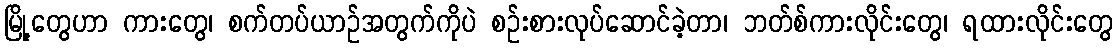
မြို့တွေဟာ ကားတွေ၊ စက်တပ်ယာဉ်အတွက်ကိုပဲ စဉ်းစားလုပ်ဆောင်ခဲ့တာ၊ ဘတ်စ်ကားလိုင်းတွေ၊ ရထားလိုင်းတွေ